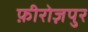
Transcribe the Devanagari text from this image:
फ़ीरोज़पुर